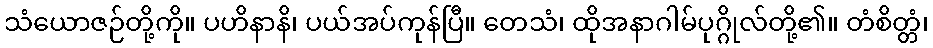
သံယောဇဉ်တို့ကို။ ပဟိနာနိ၊ ပယ်အပ်ကုန်ပြီ။ တေသံ၊ ထိုအနာဂါမ်ပုဂ္ဂိုလ်တို့၏။ တံစိတ္တံ၊